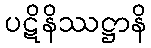
ပဋိနိဿဋ္ဌာနိ